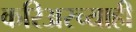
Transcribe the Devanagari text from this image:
करिअरच्याही